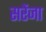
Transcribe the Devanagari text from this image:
सरेंजा